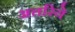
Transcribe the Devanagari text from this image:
अत्तरिये